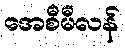
အေစီမီလန်